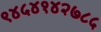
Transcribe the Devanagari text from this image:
९४५४१४२७८५